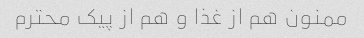
ممنون هم از غذا و هم از پیک محترم